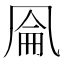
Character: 𰄐